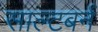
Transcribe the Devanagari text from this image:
साल्टबर्न